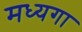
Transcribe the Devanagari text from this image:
मध्यगा